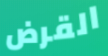
القرض